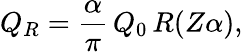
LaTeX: Q_{R}={\frac{\alpha}{\pi}}\, Q_{0}\, R(Z\alpha),